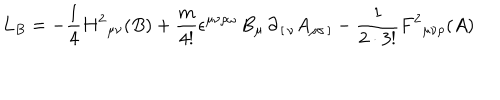
LaTeX: L _ { B } = - { \frac { 1 } { 4 } } H ^ { 2 } { } _ { \mu \nu } ( B ) + { \frac { m } { 4 ! } } \epsilon ^ { \mu \nu \rho \omega } \, B _ { \mu } \, \partial _ { \, [ \, \nu } A _ { \rho \sigma \, ] } - { \frac { 1 } { 2 \cdot 3 ! } } F ^ { 2 } { } _ { \mu \nu \rho } ( A )